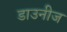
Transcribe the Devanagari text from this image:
डाउनीज